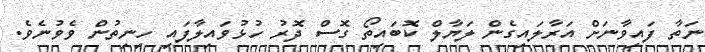
ނަތާ ފައިވާނަށް އަރާލައިގެން ލަޔާލް ކޮބައިތޯ ގޮސް ދޮރު ހުޅުވައިލާފައި ހިނިތުން ވެވުނެވެ.